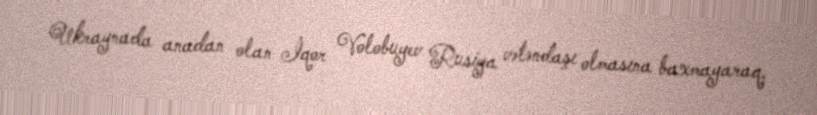
Ukraynada anadan olan İqor Volobuyev Rusiya vətəndaşı olmasına baxmayaraq,